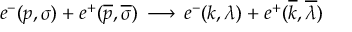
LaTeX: e ^ { - } ( p , \sigma ) + e ^ { + } ( { \overline { { { p } } } } , \overline { { { \sigma } } } ) \, \longrightarrow \, e ^ { - } ( k , \lambda ) + e ^ { + } ( { \overline { { { k } } } } , \overline { { { \lambda } } } )